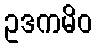
ဥဒကမိဝ